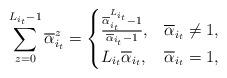
LaTeX: \begin{align*}\sum_{z=0}^{L_{i_t}-1}{\overline{\alpha}_{i_t}^z}=\begin{cases}\frac{\overline{\alpha}_{i_t}^{L_{i_t}}-1}{\overline{\alpha}_{i_t}-1}, & \overline{\alpha}_{i_t}\not=1, \\L_{i_t}\overline{\alpha}_{i_t}, & \overline{\alpha}_{i_t}=1,\end{cases}\end{align*}